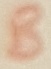
Text: B